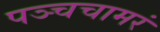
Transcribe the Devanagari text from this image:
पञ्चचामरं